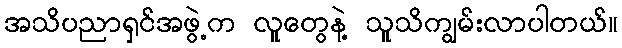
အသိပညာရှင်အဖွဲ့က လူတွေနဲ့ သူသိကျွမ်းလာပါတယ်။